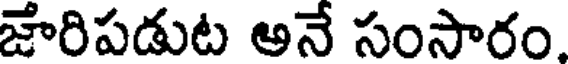
జారిపడుట అనే సంసారం